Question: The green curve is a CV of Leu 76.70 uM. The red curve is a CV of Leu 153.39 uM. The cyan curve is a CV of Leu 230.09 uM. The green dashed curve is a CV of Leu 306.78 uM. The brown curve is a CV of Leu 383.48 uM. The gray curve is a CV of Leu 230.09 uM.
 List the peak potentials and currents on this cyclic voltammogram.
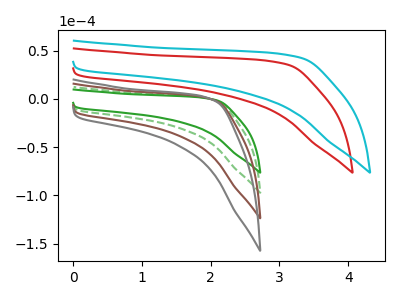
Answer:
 <answer>The green curve "Leu 76.70 uM" has no peaks. The red curve "Leu 153.39 uM" has no peaks. The cyan curve "Leu 230.09 uM" has no peaks. The green dashed curve "Leu 306.78 uM" has no peaks. The brown curve "Leu 383.48 uM" has no peaks. The gray curve "Leu 230.09 uM" has no peaks.</answer>
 <eval></eval>